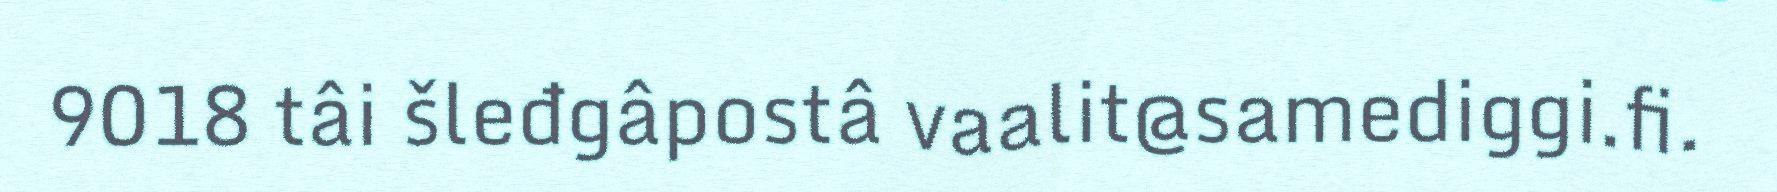
9018 tâi šleđgâpostâ vaalit@samediggi.fi.